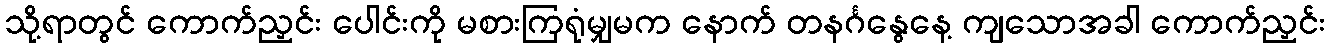
သို့ရာတွင် ကောက်ညှင်း ပေါင်းကို မစားကြရုံမျှမက နောက် တနင်္ဂနွေနေ့ ကျသောအခါ ကောက်ညှင်း